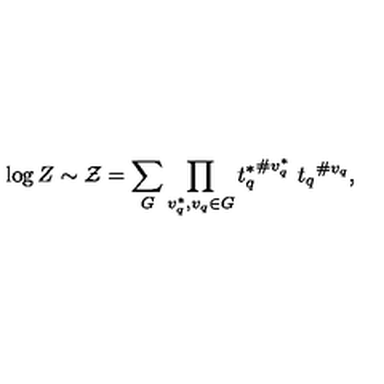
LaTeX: \log Z \sim { \cal Z } = \sum _ { G } \prod _ { v _ { q } ^ { * } , v _ { q } \in G } { t _ { q } ^ { * } } ^ { \# v _ { q } ^ { * } } \ { t _ { q } } ^ { \# v _ { q } } ,